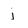
Character: j